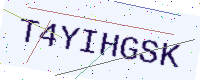
Text: T4YIHGSK